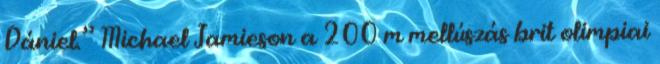
Dániel.” Michael Jamieson a 200 m mellúszás brit olimpiai